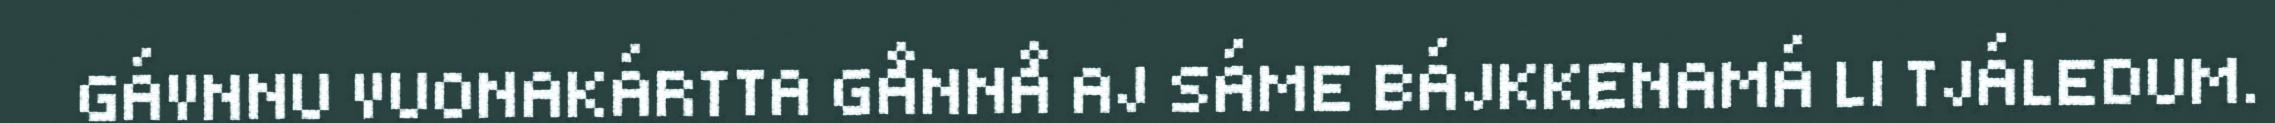
GÁVNNU VUONAKÁRTTA GÅNNÅ AJ SÁME BÁJKKENAMÁ LI TJÁLEDUM.